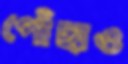
পোঁছাও